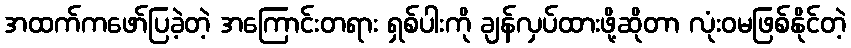
အထက်ကဖော်ပြခဲ့တဲ့ အကြောင်းတရား ရှစ်ပါးကို ချန်လှပ်ထားဖို့ဆိုတာ လုံးဝမဖြစ်နိုင်တဲ့